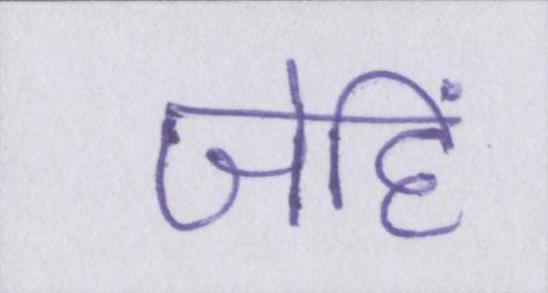
जेहिं